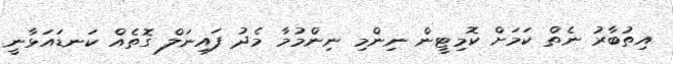
އިތުބާރު ނެތް ކަމަށް ކޮމިޓީން ނިންމި ނިންމުމާ މެދު ފައިނަލް ގޮތެއް ކަނޑައަޅާނީ